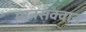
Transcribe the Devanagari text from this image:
मानसक्वान